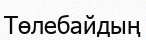
Төлебайдың